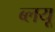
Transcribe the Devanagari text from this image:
ब्लयू